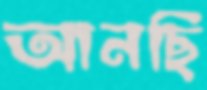
আনছি